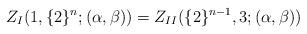
LaTeX: \begin{align*}\begin{aligned}Z_{I}(1,\{2\}^{n};(\alpha,\beta))=Z_{II}(\{2\}^{n-1},3;(\alpha,\beta))\end{aligned}\end{align*}